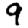
Digit: 9